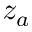
z _ { a }